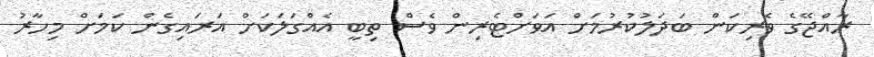
ރާއްޖޭގެ ވެރިކަން ބަދަލުކުރުމަށް އަވަށްޓެރިން ވެސް ތިބީ އެއްގަލަކަށް އަރައިގެން ކަމަށް މިހާރު